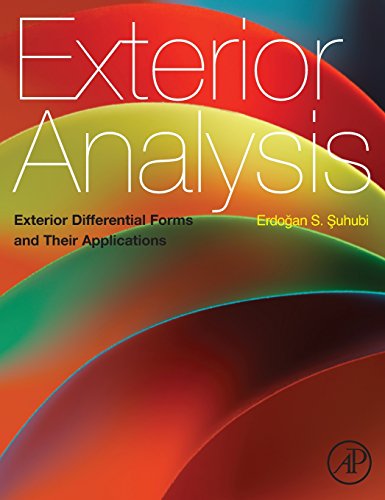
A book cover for Exterior Analysis: Using Applications of Differential Forms; Erdogan Suhubi; Science & Math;